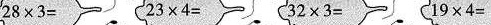
$$2 8 \times 3 =$$ $$2 3 \times 4 =$$ $$3 2 \times 3 =$$ $$1 9 \times 4 =$$